Vaccination in Bombay 1856-1862 - 1856-1862
Year: 1856
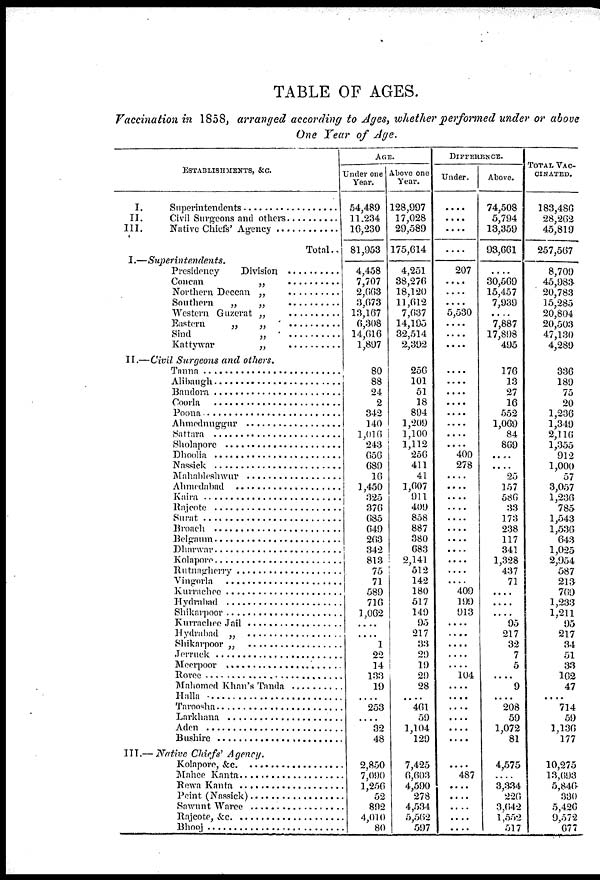
TABLE OF AGES.
Vaccination in 1858, arranged according to Ages, whether performed under or above
One Year of Age.
ESTABLISHMENTS, &c.
I. Superintendents . . . . . . . . . .
II. Civil Surgeons and others . . . . . . .
III. Native Chiefs' Agency . . . . . . . . .
Total..
I.—Superintendents.
Presidency Division . . . . . . . . .
Concan „ . . . . . . . . .
Northern Daccan „ . . . . . . . . .
Southern „ „ . . . . . . . .
Western Guzerat „ . . . . . . . . . .
Southern „ „ . . . . . . . . . .
Sind „ . . . . . . . .
Kattywar „ . . . . . . . . .
II.—Civil Surgeons and others.
Tanna . . . . . . . . .
Alibaugh . . . . . . . . . .
Bandora . . . . . . . . . . .
Coorla . . . . . . .
Poona . . . . . . . .
Ahmednuggur . . . . . . . . . .
Sattara. . . . . . . .
Sholapore . . . . . . . . . .
Dhoolia . . . . . . . . . .
Nassick . . . . . . . . . .
Mahableshwur . . . . . . . . . .
Ahmedabad . . . . . . . .
Kaira . . . . . . .
Rajcote . . . . . . . . . .
Surat . . . . . . . . . .
Broach . . . . . . . . . .
Belgaum . . . . . . . . . .
Dharwar . . . . . . . . . .
Kolapore . . . . . . . . . .
Rutnagherry . . . . . . . . . .
Vingorla . . . . . . . . . .
Kurrachee . . . . . . . . . .
Hydrabad . . . . . . . . . .
Shikarpoor . . . . . . . . . .
Kurrachee Jail . . . . . . . . .
Hydrabad „ . . . . . . . . . .
Shikarpoor „ . . . . . . . . . .
Jerruck . . . . . . . . . .
Meerpoor . . . . . . . .
Roree . . . . . . . . . .
Mahomed Khan's Tanda . . . . . . . . . .
Halla . . . . . . . . . .
Taroosha . . . . . . . . . .
Larkhana . . . . . . . . . .
Aden . . . . . . . . .
Bushire . . . . . . . . . .
III.— Native Chiefs' Agency.
Kolapore, &c. . . . . . . . . . .
Mahee Kanta . . . . . . . . . .
Rewa Kanta . . . . . . . . . .
Peint (Nassick) . . . . . . . . . .
Sawunt Waree . . . . . . . . . .
Rajcote, &c. . . . . . . . . . .
Bhooj . . . . . . . . . .
AGE.
Under one
Year.
54,489
11,234
16,230
81,953
4,458
7,707
2,663
3,673
13,167
6,308
14,616
1,897
80
88
24
2
342
140
1,016
243
656
689
16
1,450
325
376
685
649
263
342
813
75
71
589
716
1,062
....
....
1
22
14
133
19
....
253
....
32
48
2,850
7,090
1,256
52
892
4,010
80
Above one
Year.
128,997
17,028
29,589
175,614
4,251
38,276
18,120
11,612
7,637
14,195
32,514
2,392
256
101
51
18
894
1,209
1,100
1,112
256
411
41
1,607
911
409
858
887
380
683
2,141
512
142
180
517
149
95
217
33
29
19
29
28
.... 461
59
1,104
129
7,425
6,603
4,590
278
4,534
5,562
597
DIFFERENCE.
Under.
....
....
....
....
207
....
....
....
5,530
....
....
....
....
....
....
....
....
....
....
....
400
278
....
....
....
....
....
....
....
....
....
....
....
409
199
913
....
....
....
....
....
104
....
....
....
....
....
....
....
487
....
....
....
....
....
Above.
74,508
5,794
13,359
93,661
....
30,569
15,457
7,939
....
7,887
17,898
495
176
13
27
16
552
1,069
84
869
....
....
25
157
586 33
173
238
117
341
1,328
437
71
....
....
....
95
217
32
7
5
....
9
.... 208
59
1,072
81
4,575
....
3,334
226
3,642
1,552
517
TOTAL VAC-
-------.
183,486
28,262
45,819
257,567
8,709
45,983
20,783
15,285
20,804
20,503
47,130
4,289
336
189
75
20
1,236
1,349
2,116
1,355
912
1,000
57
3,057
1,236
785
1,543
1,536
643
1,025
2,954
587
213
769
1,233
1,211
95
217
34
51
33
162
47
.... 714
59
1,136
177
10,275
13,693
5,846
330
5,426
9,572
677